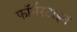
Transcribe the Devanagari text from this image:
फॉर्मरटाइन